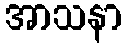
အာသနာ